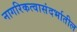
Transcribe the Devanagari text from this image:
नागरिकत्वासंदर्भातील